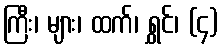
ကြီး၊ များ၊ ထက်၊ ရွှင်၊ (၄)